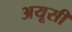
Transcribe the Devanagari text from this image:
अयूसी